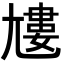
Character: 𡰌